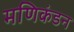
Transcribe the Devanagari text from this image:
मणिकंडन